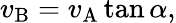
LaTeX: v_{\mathrm{B}}=v_{\mathrm{A}}\tan\alpha,